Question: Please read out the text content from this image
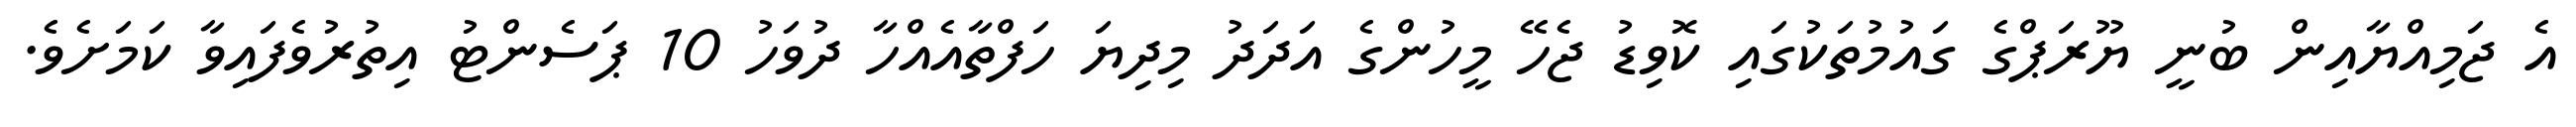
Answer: އެ ޖަމިއްޔާއިން ބުނީ ޔޫރަޕްގެ ގައުމުތަކުގައި ކޮވިޑު ޖެހޭ މީހުންގެ އަދަދު މިދިޔަ ހަފްތާއެއްހާ ދުވަހު 10 ޕަސެންޓު އިތުރުވެފައިވާ ކަމަށެވެ.